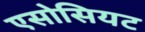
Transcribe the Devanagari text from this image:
एसोसियट